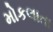
મોકલાતા